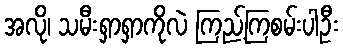
အလို၊ သမီးရှာရှာကိုလဲ ကြည့်ကြစမ်းပါဦး